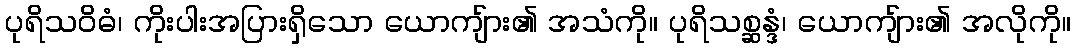
ပုရိသဝိဓံ၊ ကိုးပါးအပြားရှိသော ယောကျ်ား၏ အသံကို။ ပုရိသစ္ဆန္ဒံ၊ ယောကျ်ား၏ အလိုကို။